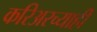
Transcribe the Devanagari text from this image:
करिअरच्याही